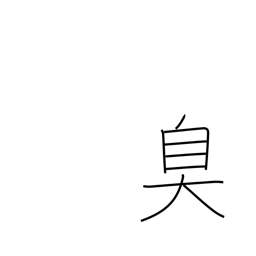
Meaning: be fragrant